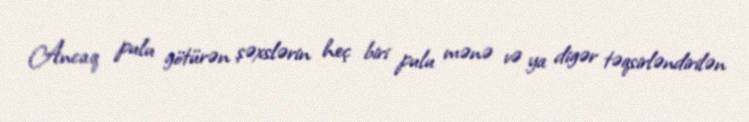
Ancaq pulu götürən şəxslərin heç biri pulu mənə və ya digər təqsirləndirilən